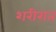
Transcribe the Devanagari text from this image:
शरीरात